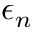
\epsilon _ { n }